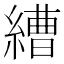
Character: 𦄧